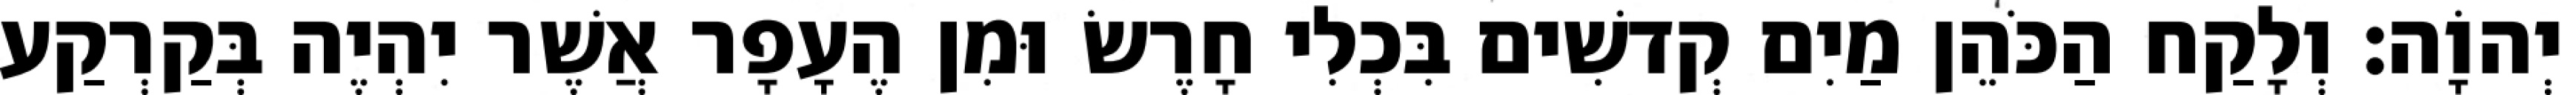
יְהוָֹה׃ וְלָקַח הַכֹּהֵן מַיִם קְדשִׁים בִּכְלִי חָרֶשׂ וּמִן הֶעָפָר אֲשֶׁר יִהְיֶה בְּקַרְקַע